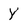
Character: y